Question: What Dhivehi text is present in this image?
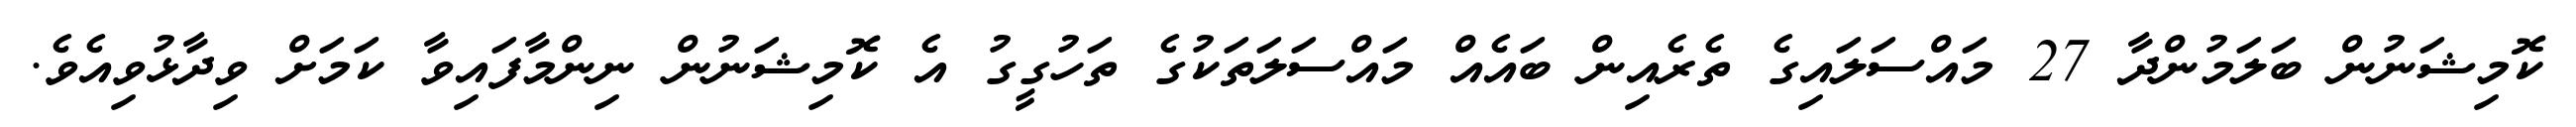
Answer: ކޮމިޝަނުން ބަލަމުންދާ 27 މައްސަލައިގެ ތެރެއިން ބައެއް މައްސަލަތަކުގެ ތަހުގީގު އެ ކޮމިޝަނުން ނިންމާފައިވާ ކަމަށް ވިދާޅުވިއެވެ.